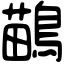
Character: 鶓